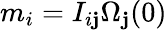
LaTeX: m_{i}=I_{i\mathbf{j}}\Omega_{\mathbf{j}}(0)